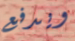
ويدفع